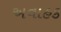
અવાહક